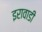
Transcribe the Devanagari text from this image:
इरावाडी